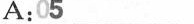
A:05 \underline